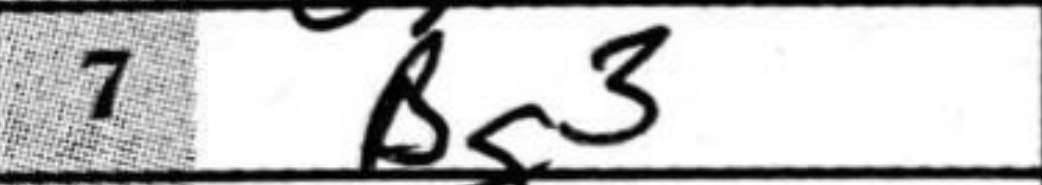
Transcription: Bg3